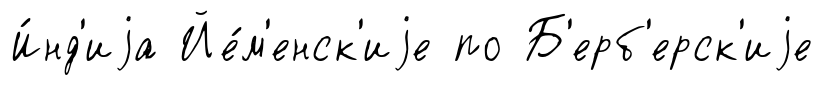
И́нд'иjа Йе́м'енск'иjе по Б'ерб'ерск'иjе